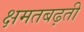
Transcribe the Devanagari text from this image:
क्षमतबढ़ती